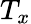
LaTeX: T_{x}